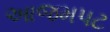
આજમપટ